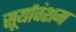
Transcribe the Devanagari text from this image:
सूर्यावंशम